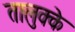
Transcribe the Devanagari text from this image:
तालुक्के